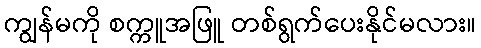
ကျွန်မကို စက္ကူအဖြူ တစ်ရွက်ပေးနိုင်မလား။